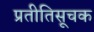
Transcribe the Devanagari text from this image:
प्रतीतिसूचक